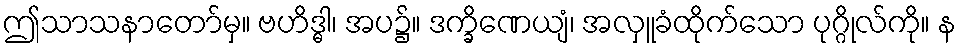
ဤသာသနာတော်မှ။ ဗဟိဒ္ဓါ၊ အပ၌။ ဒက္ခိဏေယျံ၊ အလှူခံထိုက်သော ပုဂ္ဂိုလ်ကို။ န